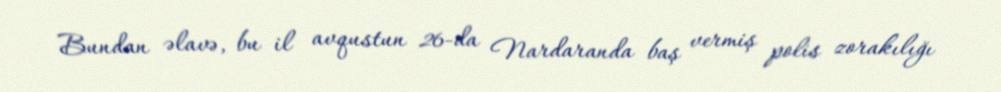
Bundan əlavə, bu il avqustun 26-da Nardaranda baş vermiş polis zorakılığı